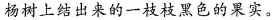
杨树上结出来的一枝枝黑色的果实。